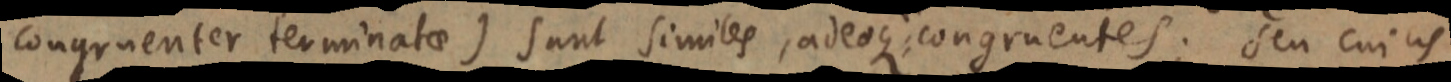
congruenter terminatae) sunt similes, adeoque: congruentes; seu cuius